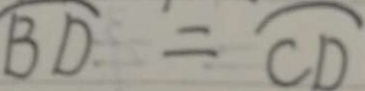
\widehat { B D } = \widehat { C D }